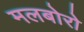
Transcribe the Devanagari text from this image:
मलबोरो